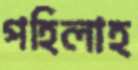
পহিলাহ